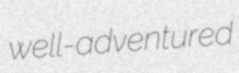
well-adventured